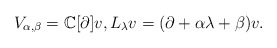
\begin{align*}V_{\alpha,\beta}=\mathbb{C}[\partial]v,L_\lambda v=(\partial+\alpha\lambda+\beta)v. \end{align*}